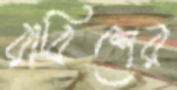
রাবিশের